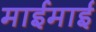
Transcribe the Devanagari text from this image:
माईमाई